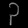
Digit: ၃